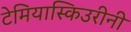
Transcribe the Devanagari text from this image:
टेमियास्किउरीनी